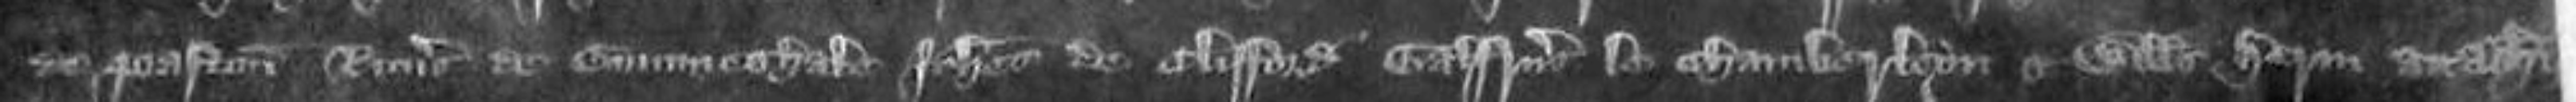
de Paston Ricardus de Gummeshale Johannes de Clifford Galfridus le Chamberleyn et Willelmus Henry attachiati